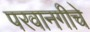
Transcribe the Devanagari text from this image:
परवानगीचे